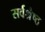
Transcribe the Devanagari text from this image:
सर्वश्रैष्ठ